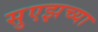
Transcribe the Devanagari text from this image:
सुएझच्या